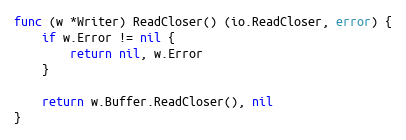
Language: Go
func (w *Writer) ReadCloser() (io.ReadCloser, error) {
	if w.Error != nil {
		return nil, w.Error
	}

	return w.Buffer.ReadCloser(), nil
}